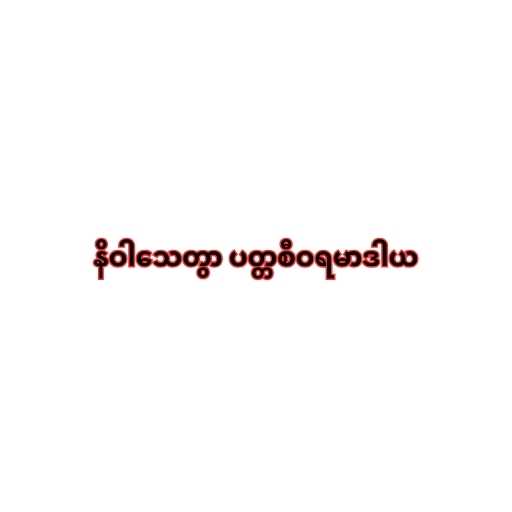
နိဝါသေတွာ ပတ္တစီဝရမာဒါယ